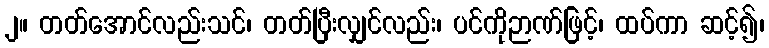
၂။ တတ်အောင်လည်းသင်၊ တတ်ပြီးလျှင်လည်း၊ ပင်ကိုဉာဏ်ဖြင့်၊ ထပ်ကာ ဆင့်၍၊